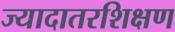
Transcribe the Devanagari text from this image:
ज्यादातरशिक्षण